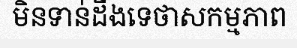
មិនទាន់ដឹងទេថាសកម្មភាព